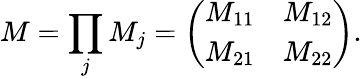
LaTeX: M=\prod_{j}M_{j}=\left(\begin{array}{ll}{M_{11}}&{M_{12}}\\ {M_{21}}&{M_{22}}\end{array}\right).